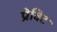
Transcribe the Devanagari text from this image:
प्रेविट